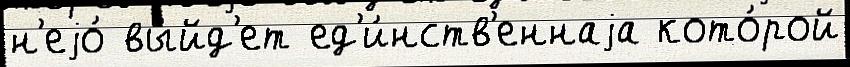
н'еjо́ вы́йд'ет ед'и́нств'еннаjа кото́рой